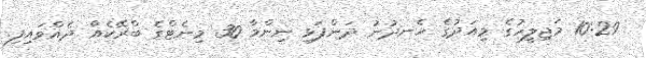
10:29 މަޖިލީހުގެ މިއަދުގެ ހެނދުނު ދަންފަޅި ނިންމާ 30 މިނެޓްގެ ބްރޭކެއް ދެއްވައިފި.